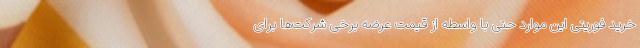
خرید فوریتی این موارد حتی با واسطه از قیمت عرضه برخی شرکت‌ها برای